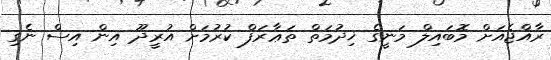
ރާއްޖެއަށް މޮބައިލް މަނީގެ ޚިދުމަތް ތަޢާރަފް ކުރުމަށް އުރީދޫ އިން އިސް ނެގި